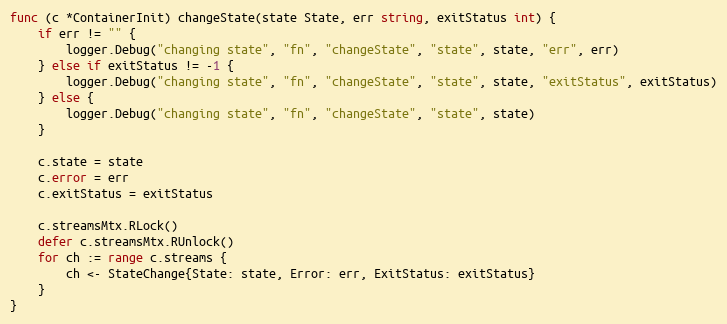
Language: Go
func (c *ContainerInit) changeState(state State, err string, exitStatus int) {
	if err != "" {
		logger.Debug("changing state", "fn", "changeState", "state", state, "err", err)
	} else if exitStatus != -1 {
		logger.Debug("changing state", "fn", "changeState", "state", state, "exitStatus", exitStatus)
	} else {
		logger.Debug("changing state", "fn", "changeState", "state", state)
	}

	c.state = state
	c.error = err
	c.exitStatus = exitStatus

	c.streamsMtx.RLock()
	defer c.streamsMtx.RUnlock()
	for ch := range c.streams {
		ch <- StateChange{State: state, Error: err, ExitStatus: exitStatus}
	}
}